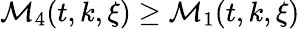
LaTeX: \mathcal{M}_{4}(t,k,\xi)\geq\mathcal{M}_{1}(t,k,\xi)